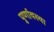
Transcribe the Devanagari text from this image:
पुर्णावस्था